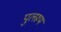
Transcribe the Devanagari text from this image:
पुलरूम